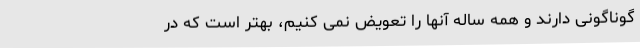
گوناگونی دارند و همه ساله آنها را تعویض نمی کنیم، بهتر است که در